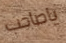
ياصاحب